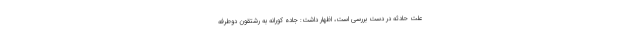
علت حادثه در دست بررسی است، اظهار داشت: جاده کورانه به رشتقون دوطرفه